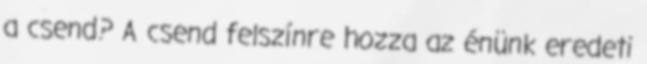
a csend? A csend felszínre hozza az énünk eredeti